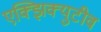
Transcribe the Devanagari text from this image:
एक्झिक्युटीव